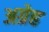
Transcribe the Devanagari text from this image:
अग्रेह